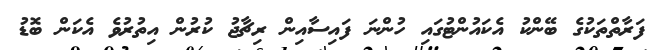
ފަރާތްތަކުގެ ބޭންކު އެކައުންޓުގައި ހުންނަ ފައިސާއިން ރިޗާޖު ކުރުން އިތުރުވެ އެކަން ބޮޑު